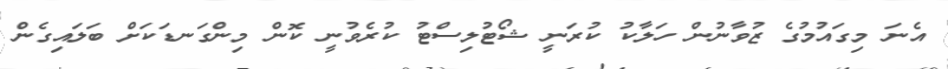
އެނަ މިގައުމުގެ ޒުވާނުން ހަލާކު ކުރަނީ ޝޯޓުލިސްޓު ކުރެވުނީ ކޮން މިންގަނޑަކަށް ބަލައިގެން